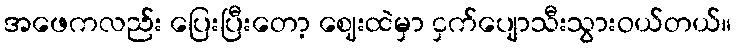
အဖေကလည်း ပြေးပြီးတော့ ဈေးထဲမှာ ငှက်ပျောသီးသွားဝယ်တယ်။